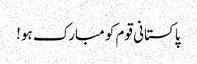
پاکستانی قوم کو مبارک ہو!